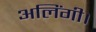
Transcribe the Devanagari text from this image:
अलिंगी।